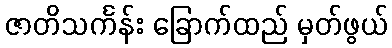
ဇာတိသင်္ကန်း ခြောက်ထည် မှတ်ဖွယ်